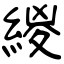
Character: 緵